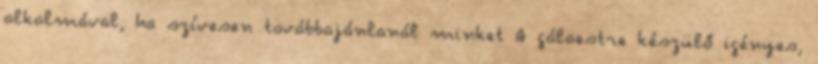
alkalmával, ha szívesen továbbajánlanál minket A gálaestre készülő igényes,